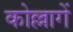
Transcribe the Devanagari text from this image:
कोल्लागें